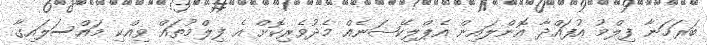
ބަރަހަނާ ފިލްމު އުފައްދާ އޮންލައިން އެޕްލިކޭޝަނެއް މެދުވެރިކޮށް އެ ފިލްމުތައް ވިއްކި މައްސަލައިގާ